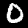
Label: 0